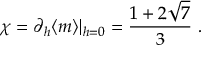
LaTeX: \chi = \partial _ { h } \langle m \rangle | _ { h = 0 } = \frac { 1 + 2 \sqrt { 7 } } { 3 } \ .